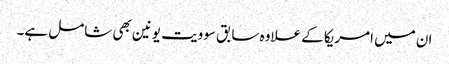
ان میں امریکا کے علاوہ سابق سوویت یونین بھی شامل ہے۔